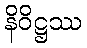
နိဝိဋ္ဌဿ